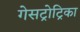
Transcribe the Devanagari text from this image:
गेसट्रोट्रिका